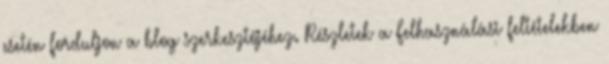
esetén forduljon a blog szerkesztőjéhez. Részletek a Felhasználási feltételekben